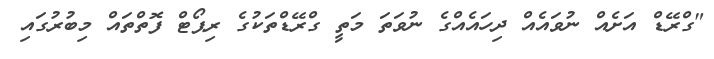
"ގްރޭޑް އަށެއް ނުވައެއް ދިހައެއްގެ ނުވަތަ މަތީ ގްރޭޑްތަކުގެ ރިޕޯޓް ފޮތްތައް މިބުރުގައި